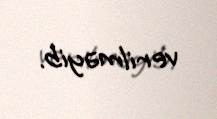
verilməyib.